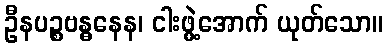
ဦနပဉ္စဗန္ဓနေန၊ ငါးဖွဲ့အောက် ယုတ်သော။